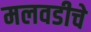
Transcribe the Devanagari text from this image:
मलवडीचे